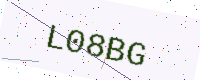
Text: L08BG